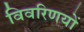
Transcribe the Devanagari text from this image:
विवरिणयों